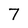
Character: 7